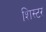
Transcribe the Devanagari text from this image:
शिस्टर